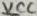
Text: VCC